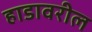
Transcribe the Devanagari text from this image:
हाडावरील